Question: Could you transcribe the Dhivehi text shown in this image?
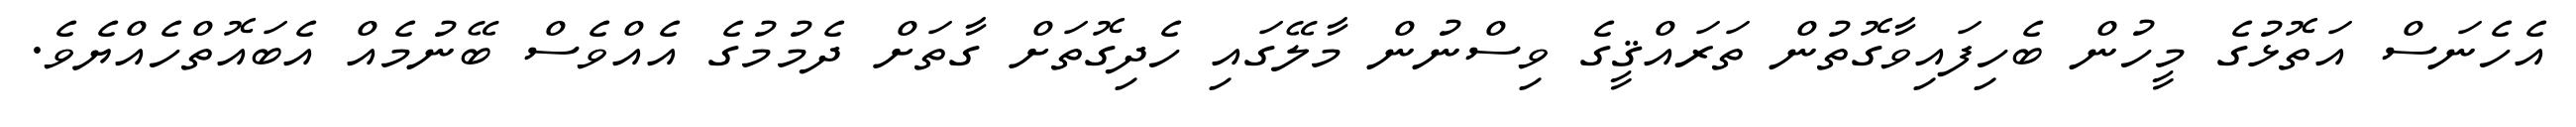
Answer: އެހެނަސް އަތޮޅުގެ މީހުން ބެހިފައިވާގޮތުން ތަރައްޤީގެ ވިސްނުން މާލޭގައި ހެދިގޮތަށް ގާތަށް ދެމުމުގެ އެއްވެސް ބޭނުމެއް އެބައޮތްހެއްޔެވެ.